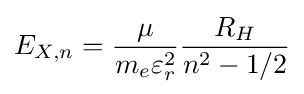
E_{X,n}={\frac {\mu }{m_{e}\varepsilon _{r}^{2}}}{\frac {R_{H}}{n^{2}-1/2}}